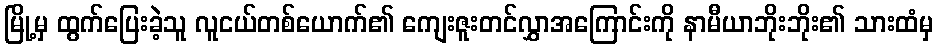
မြို့မှ ထွက်ပြေးခဲ့သူ လူငယ်တစ်ယောက်၏ ကျေးဇူးတင်လွှာအကြောင်းကို နာမီယာဘိုးဘိုး၏ သားထံမှ